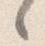
々